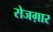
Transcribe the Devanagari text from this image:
रोजग़ार